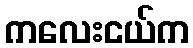
ကလေးငယ်က